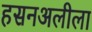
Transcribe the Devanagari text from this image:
हसनअलीला